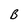
Character: B